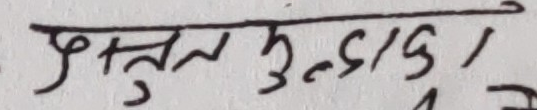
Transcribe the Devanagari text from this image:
पुस्तुल घुम्छ ।